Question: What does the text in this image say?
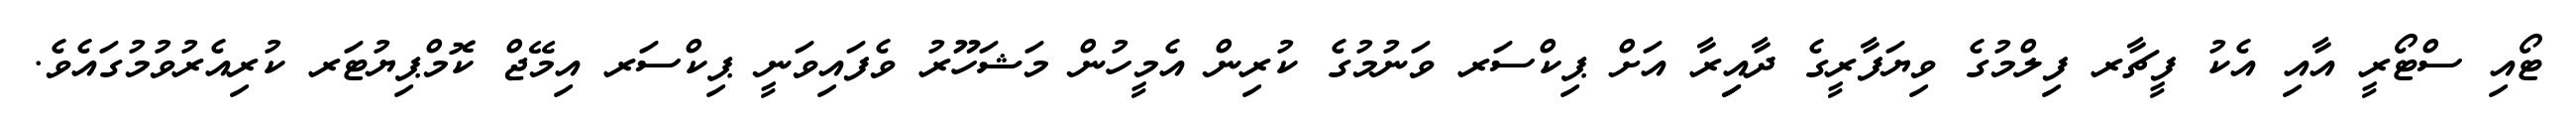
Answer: ޓޯއި ސްޓޯރީ އާއި އެކު ފީޗާރ ފިލްމުގެ ވިޔަފާރީގެ ދާއިިރާ އަށް ޕިކްސަރ ވަނުމުގެ ކުރިން އެމީހުން މަޝަހޫރު ވެފައިވަނީ ޕިކްސަރ އިމޭޖް ކޮމްޕިޔުޓަރ ކުރިއެރުވުމުގައެވެ.